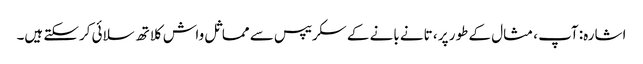
اشارہ: آپ ، مثال کے طور پر ، تانے بانے کے سکریپس سے مماثل واش کلاتھ سلائی کرسکتے ہیں۔